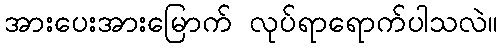
အားပေးအားမြောက် လုပ်ရာရောက်ပါသလဲ။